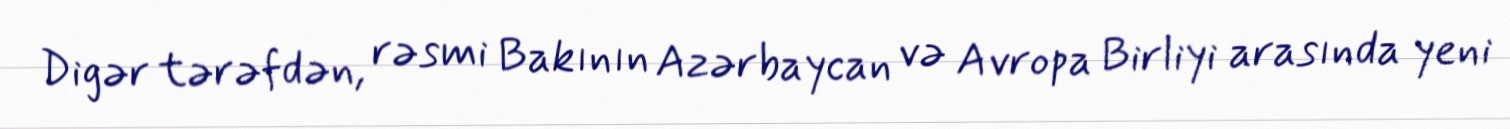
Digər tərəfdən, rəsmi Bakının Azərbaycan və Avropa Birliyi arasında yeni